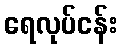
ရေလုပ်ငန်း